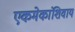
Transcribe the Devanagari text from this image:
एकमेकांशिवाय